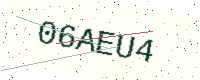
Text: 06AEU4